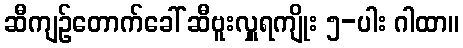
ဆီကျဉ်တောက်ခေါ် ဆီဗူးလှူရကျိုး ၅-ပါး ဂါထာ။